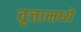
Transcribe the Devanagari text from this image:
वृत्तामध्ये